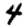
Digit: 4